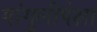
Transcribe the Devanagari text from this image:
गांगुलीपेक्षा